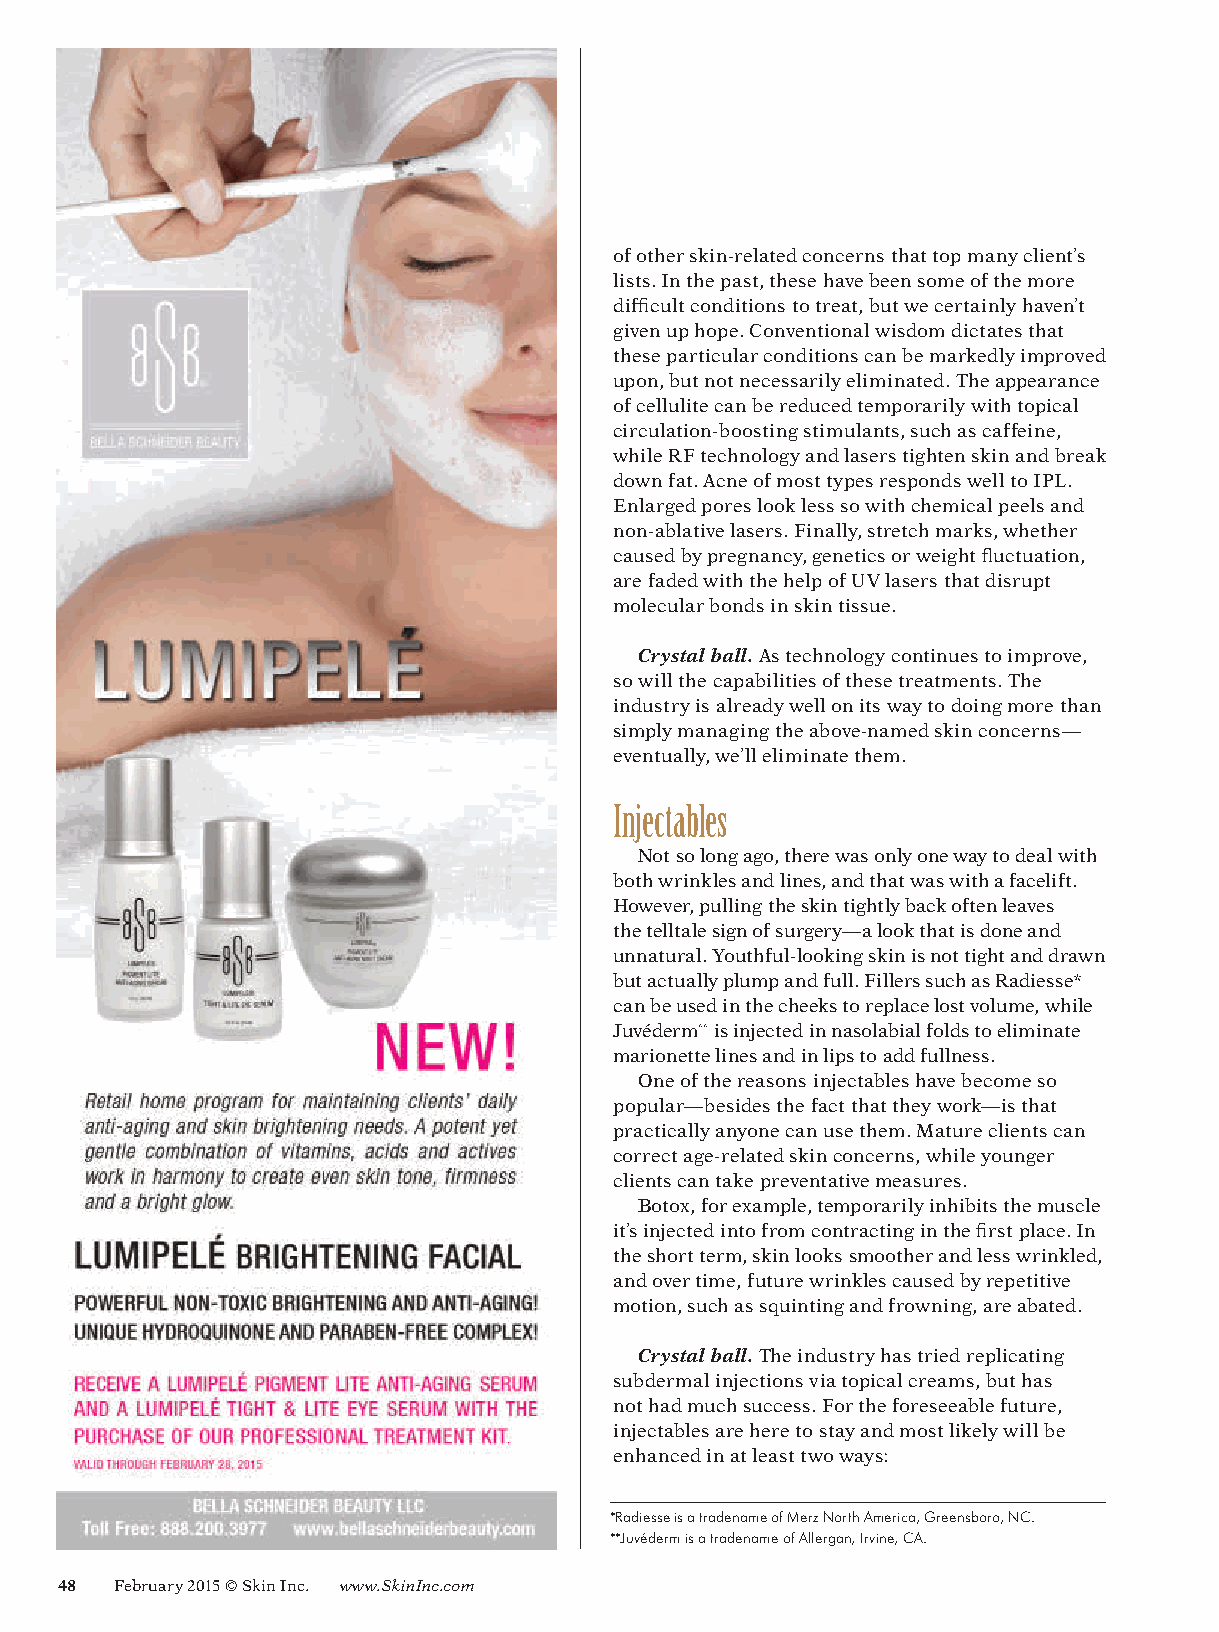
of other skin-related concerns that top many client’s
 lists. In the past, these have been some of the more
 difficult conditions to treat, but we certainly haven’t
 given up hope. Conventional wisdom dictates that
 these particular conditions can be markedly improved
 upon, but not necessarily eliminated. The appearance
 of cellulite can be reduced temporarily with topical
 circulation-boosting stimulants, such as caffeine,
 while RF technology and lasers tighten skin and break
 down fat. Acne of most types responds well to IPL.
 Enlarged pores look less so with chemical peels and
 non-ablative lasers. Finally, stretch marks, whether
 caused by pregnancy, genetics or weight fluctuation,
 are faded with the help of UV lasers that disrupt
 molecular bonds in skin tissue.
 Crystal ball. As technology continues to improve,
 so will the capabilities of these treatments. The
 industry is already well on its way to doing more than
 simply managing the above-named skin concerns—
 eventually, we’ll eliminate them.
 injectables
 Not so long ago, there was only one way to deal with
 both wrinkles and lines, and that was with a facelift.
 However, pulling the skin tightly back often leaves
 the telltale sign of surgery—a look that is done and
 unnatural. Youthful-looking skin is not tight and drawn
 but actually plump and full. Fillers such as Radiesse*
 can be used in the cheeks to replace lost volume, while
 Juvéderm** is injected in nasolabial folds to eliminate
 marionette lines and in lips to add fullness.
 One of the reasons injectables have become so
 popular—besides the fact that they work—is that
 practically anyone can use them. Mature clients can
 correct age-related skin concerns, while younger
 clients can take preventative measures.
 Botox, for example, temporarily inhibits the muscle
 it’s injected into from contracting in the first place. In
 the short term, skin looks smoother and less wrinkled,
 and over time, future wrinkles caused by repetitive
 motion, such as squinting and frowning, are abated.
 Crystal ball. The industry has tried replicating
 subdermal injections via topical creams, but has
 not had much success. For the foreseeable future,
 injectables are here to stay and most likely will be
 enhanced in at least two ways:
 *Radiesse is a tradename of Merz North America, Greensboro, NC.
 **Juvéderm is a tradename of Allergan, Irvine, CA.
 48 February 2015 © Skin Inc. www.SkinInc.com
 SI1502_Anti-aging_Siberman_fcx.indd 48                               1/9/15 9:35 AM